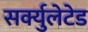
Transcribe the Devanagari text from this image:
सर्क्युलेटेड